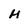
Character: H